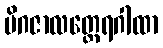
မိဂဇာလတ္ထေရဂါထာ